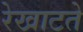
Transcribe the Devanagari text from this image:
रेखाटते